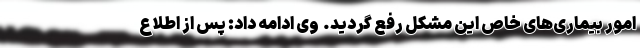
امور بیماری‌های خاص این مشکل رفع گردید.  وی ادامه داد: پس از اطلاع